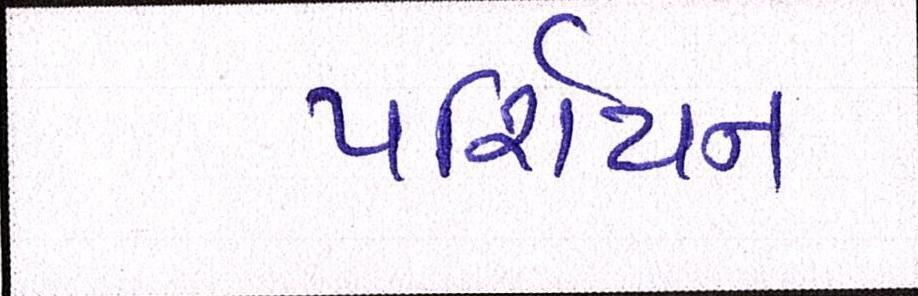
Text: પર્શિયન